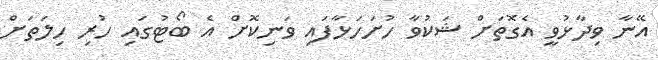
އޭނާ ވިދާޅުވީ އެގޮތަށް ޝަކުވާ ހުށަހަޅާފައި ވަނިކޮށް އެ ބޯޓުގައި ހުރި ހިލަތަށް